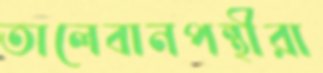
তালেবানপন্থীরা